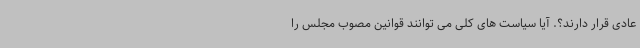
عادی قرار دارند؟. آیا سیاست های کلی می توانند قوانین مصوب مجلس را